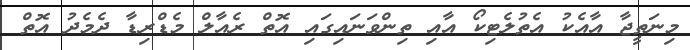
މިނަތީޖާ އާއެކު އެތުލެޓިކޯ އާއި ތިންވަނައިގައި އޮތް ރެއާލް މެޑްރިޑާ ދެމެދު އޮތް